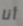
أنا